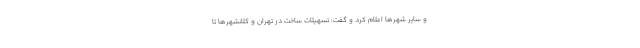
و سایر شهرها اعلام کرد و گفت: تسهیلات ساخت در تهران و کلانشهرها تا